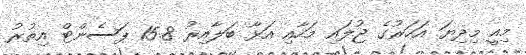
މިއީ މިދިޔަ އަހަރުގެ ޖުލައި މަހާއި އަޅާ ބަލާއިރު 15.8 ޕަސެންޓް އިތުރު